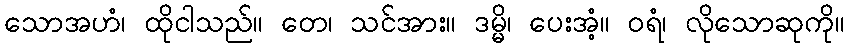
သောအဟံ၊ ထိုငါသည်။ တေ၊ သင်အား။ ဒမ္မိ၊ ပေးအံ့။ ဝရံ၊ လိုသောဆုကို။